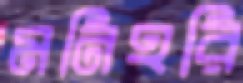
মনিহরি